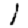
Digit: 1